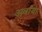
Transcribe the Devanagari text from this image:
अर्वाया